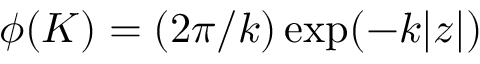
\phi ( K ) = ( 2 \pi / k ) \exp ( - k | z | )